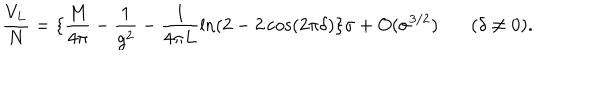
\frac { V _ { L } } { N } = \{ \frac { M } { 4 \pi } - \frac { 1 } { g ^ { 2 } } - \frac { 1 } { 4 \pi L } \ln ( 2 - 2 \cos ( 2 \pi \delta ) \} \sigma + O ( \sigma ^ { 3 / 2 } ) ~ ( \delta \neq 0 ) .